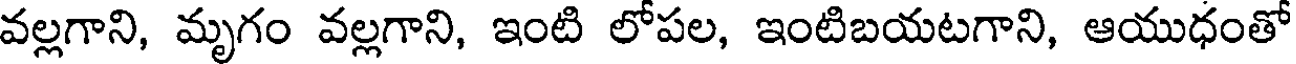
వల్లగాని, మృగం వల్లగాని, ఇంటి లోపల, ఇంటిబయటగాని, ఆయుధంతో